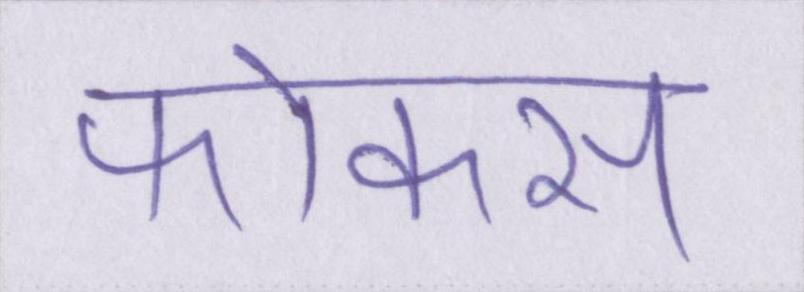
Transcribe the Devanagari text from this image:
फोकस